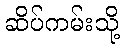
ဆိပ်ကမ်းသို့